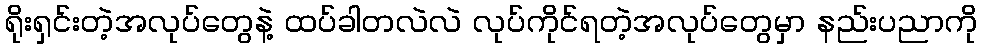
ရိုးရှင်းတဲ့အလုပ်တွေနဲ့ ထပ်ခါတလဲလဲ လုပ်ကိုင်ရတဲ့အလုပ်တွေမှာ နည်းပညာကို